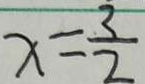
x = \frac { 3 } { 2 }